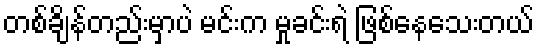
တစ်ချိန်တည်းမှာပဲ မင်းက မှုခင်းရဲ ဖြစ်နေသေးတယ်